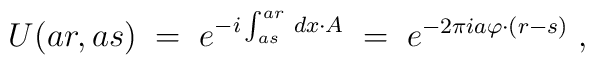
U (a r , a s ) \;=\;  e^{- i \int_{a s}^{a r} \, dx \cdot A} \;=\;e^{- 2 \pi i a \varphi \cdot (r - s)} \;,